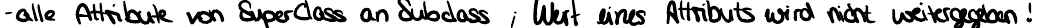
- alle Attribute von SuperClass an Subclass ; Wert eines Attributs wird nicht weitergegeben!